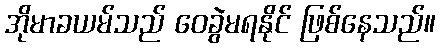
အိုမာခယမ်သည် ဝေခွဲမရနိုင် ဖြစ်နေသည်။